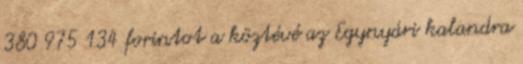
380 975 134 forintot a köztévé az Egynyári kalandra